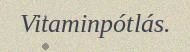
Vitaminpótlás.